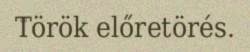
Török előretörés.